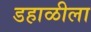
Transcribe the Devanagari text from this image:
डहाळीला